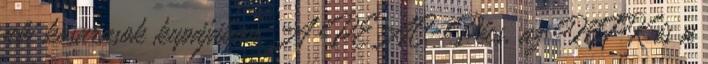
női kosarasok kupájában A PEAC-Pécs, az MTK és a